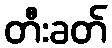
တီးခတ်